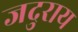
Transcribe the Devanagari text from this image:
जदुराय